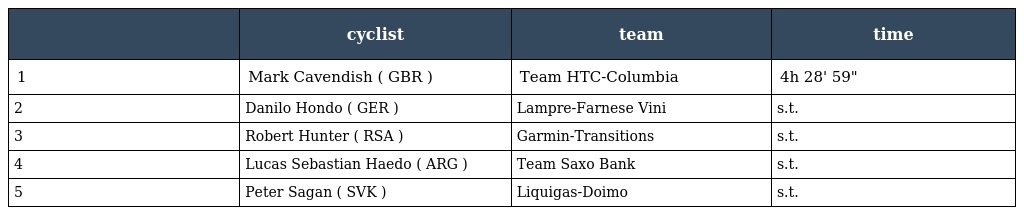
|  | cyclist | team | time |
 | --- | --- | --- | --- |
 | 1 | Mark Cavendish ( GBR ) | Team HTC-Columbia | 4h 28' 59" |
 | 2 | Danilo Hondo ( GER ) | Lampre-Farnese Vini | s.t. |
 | 3 | Robert Hunter ( RSA ) | Garmin-Transitions | s.t. |
 | 4 | Lucas Sebastian Haedo ( ARG ) | Team Saxo Bank | s.t. |
 | 5 | Peter Sagan ( SVK ) | Liquigas-Doimo | s.t. |